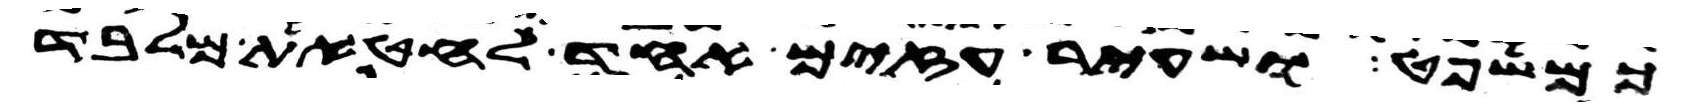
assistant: כמשפט ושעיר עזים אחד לחטאת מלבד